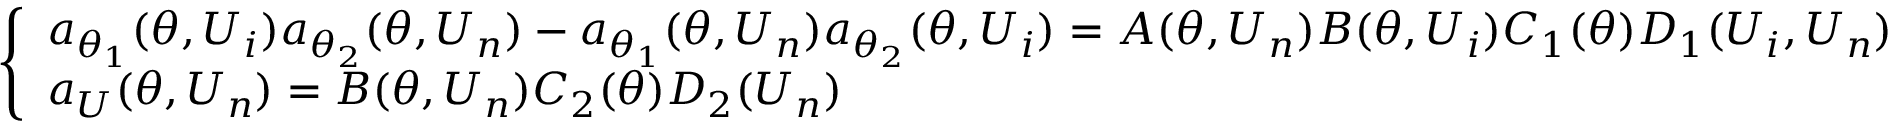
\left\{ \begin{array} { l l } { a _ { \theta _ { 1 } } ( \theta , U _ { i } ) a _ { \theta _ { 2 } } ( \theta , U _ { n } ) - a _ { \theta _ { 1 } } ( \theta , U _ { n } ) a _ { \theta _ { 2 } } ( \theta , U _ { i } ) = A ( \theta , U _ { n } ) B ( \theta , U _ { i } ) C _ { 1 } ( \theta ) D _ { 1 } ( U _ { i } , U _ { n } ) } \\ { a _ { U } ( \theta , U _ { n } ) = B ( \theta , U _ { n } ) C _ { 2 } ( \theta ) D _ { 2 } ( U _ { n } ) } \end{array} \right.